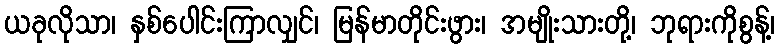
ယခုလိုသာ၊ နှစ်ပေါင်းကြာလျှင်၊ မြန်မာတိုင်းဖွား၊ အမျိုးသားတို့၊ ဘုရားကိုစွန့်၊